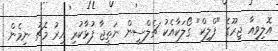
އޮލިވިއާ ޖިރޫގެ "ފްލިކް" ގޯލަކާއެކު ޗެލްސީން ނަތީޖާ ފުޅާކުރި އިރު މެޗު ނިމެން